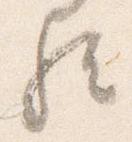
歟